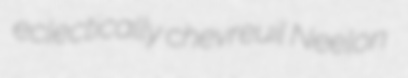
eclectically chevreuil Neelon